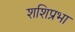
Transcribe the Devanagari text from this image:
शशिप्रभा